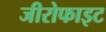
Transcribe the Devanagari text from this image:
जीरोफाइट